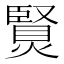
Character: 𤏿